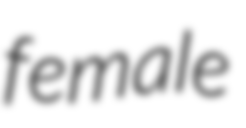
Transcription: female